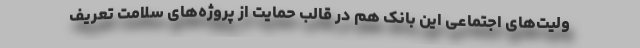
ولیت‌های اجتماعی این بانک هم در قالب حمایت از پروژه‌های سلامت تعریف